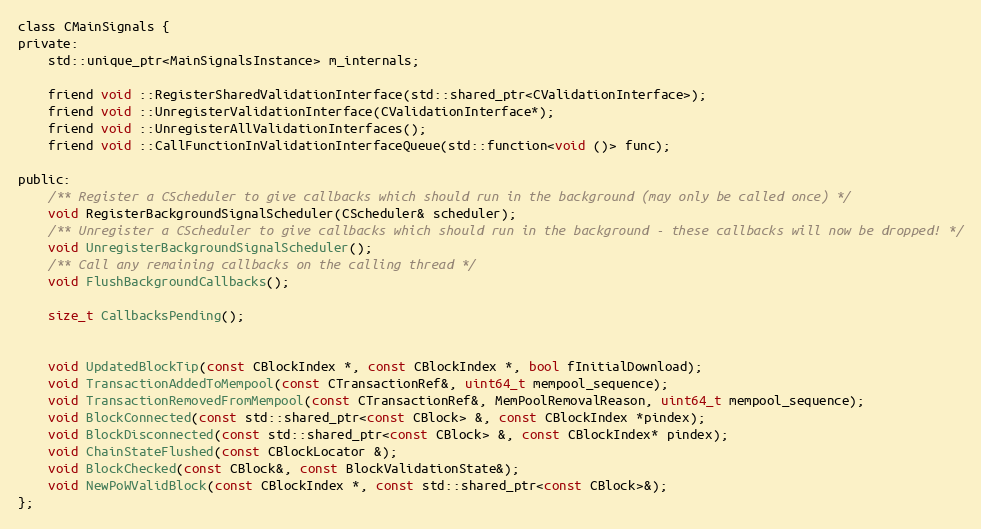
Language: C
class CMainSignals {
private:
    std::unique_ptr<MainSignalsInstance> m_internals;

    friend void ::RegisterSharedValidationInterface(std::shared_ptr<CValidationInterface>);
    friend void ::UnregisterValidationInterface(CValidationInterface*);
    friend void ::UnregisterAllValidationInterfaces();
    friend void ::CallFunctionInValidationInterfaceQueue(std::function<void ()> func);

public:
    /** Register a CScheduler to give callbacks which should run in the background (may only be called once) */
    void RegisterBackgroundSignalScheduler(CScheduler& scheduler);
    /** Unregister a CScheduler to give callbacks which should run in the background - these callbacks will now be dropped! */
    void UnregisterBackgroundSignalScheduler();
    /** Call any remaining callbacks on the calling thread */
    void FlushBackgroundCallbacks();

    size_t CallbacksPending();

    void UpdatedBlockTip(const CBlockIndex *, const CBlockIndex *, bool fInitialDownload);
    void TransactionAddedToMempool(const CTransactionRef&, uint64_t mempool_sequence);
    void TransactionRemovedFromMempool(const CTransactionRef&, MemPoolRemovalReason, uint64_t mempool_sequence);
    void BlockConnected(const std::shared_ptr<const CBlock> &, const CBlockIndex *pindex);
    void BlockDisconnected(const std::shared_ptr<const CBlock> &, const CBlockIndex* pindex);
    void ChainStateFlushed(const CBlockLocator &);
    void BlockChecked(const CBlock&, const BlockValidationState&);
    void NewPoWValidBlock(const CBlockIndex *, const std::shared_ptr<const CBlock>&);
};